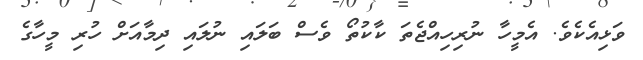
ވަޅިއެކެވެ. އެމީހާ ނުރިހިއްޖެތަ ކާކުތޯ ވެސް ބަލައި ނުލައި ދިމާއަށް ހުރި މީހާގެ